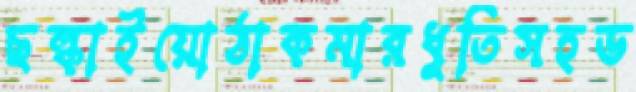
ছল্‌কাইয়োঠাকমারধুতিসহড